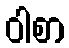
ဝါစာ